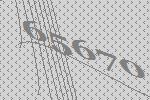
65670